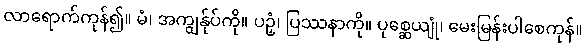
လာရောက်ကုန်၍။ မံ၊ အကျွန်ုပ်ကို။ ပဉှံ၊ ပြဿနာကို။ ပုစ္ဆေယျုံ၊ မေးမြန်းပါစေကုန်။